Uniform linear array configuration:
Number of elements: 32
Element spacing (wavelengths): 1
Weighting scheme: blackman
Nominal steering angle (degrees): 0
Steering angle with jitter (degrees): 1.127
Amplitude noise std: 0.05
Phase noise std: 0.05

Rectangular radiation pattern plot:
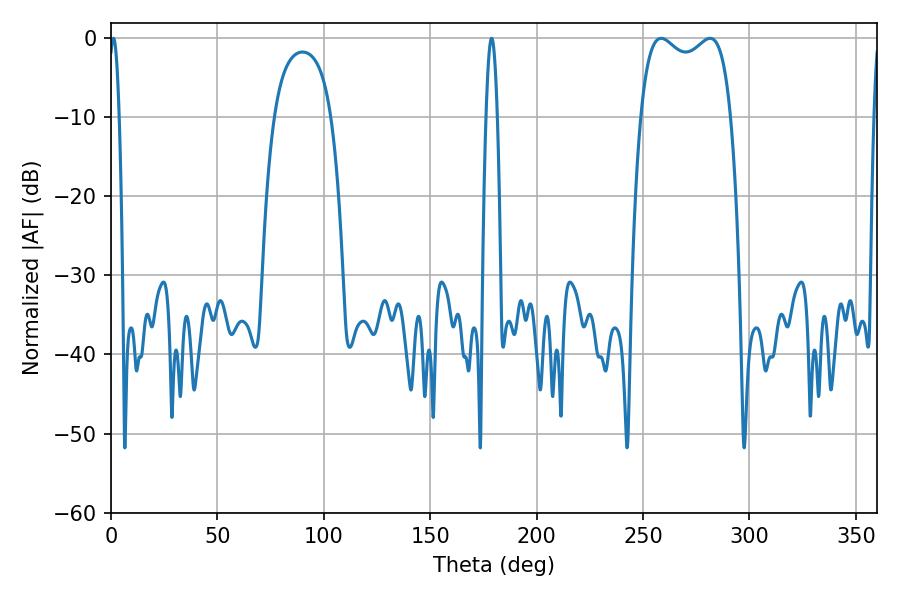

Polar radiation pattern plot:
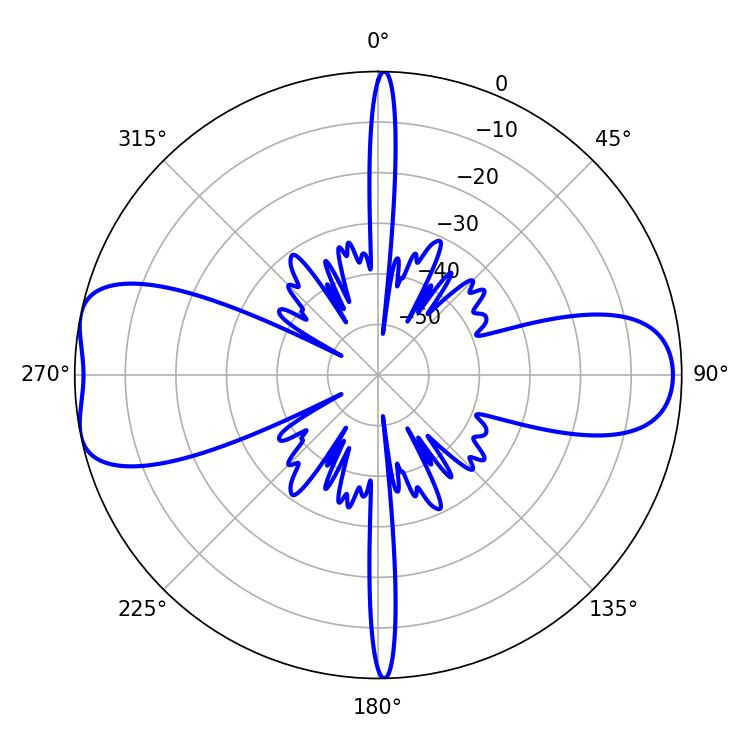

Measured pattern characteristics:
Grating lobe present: TRUE
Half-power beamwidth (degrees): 34.92
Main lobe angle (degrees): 258.48